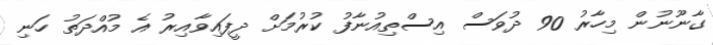
ގާނޫނުން މިހާރު 90 ދުވަސް އިސްތިއުނާފު ކުރުމަށް ދީފައިވާއިރު އެ މުއްދަތު ހަނި